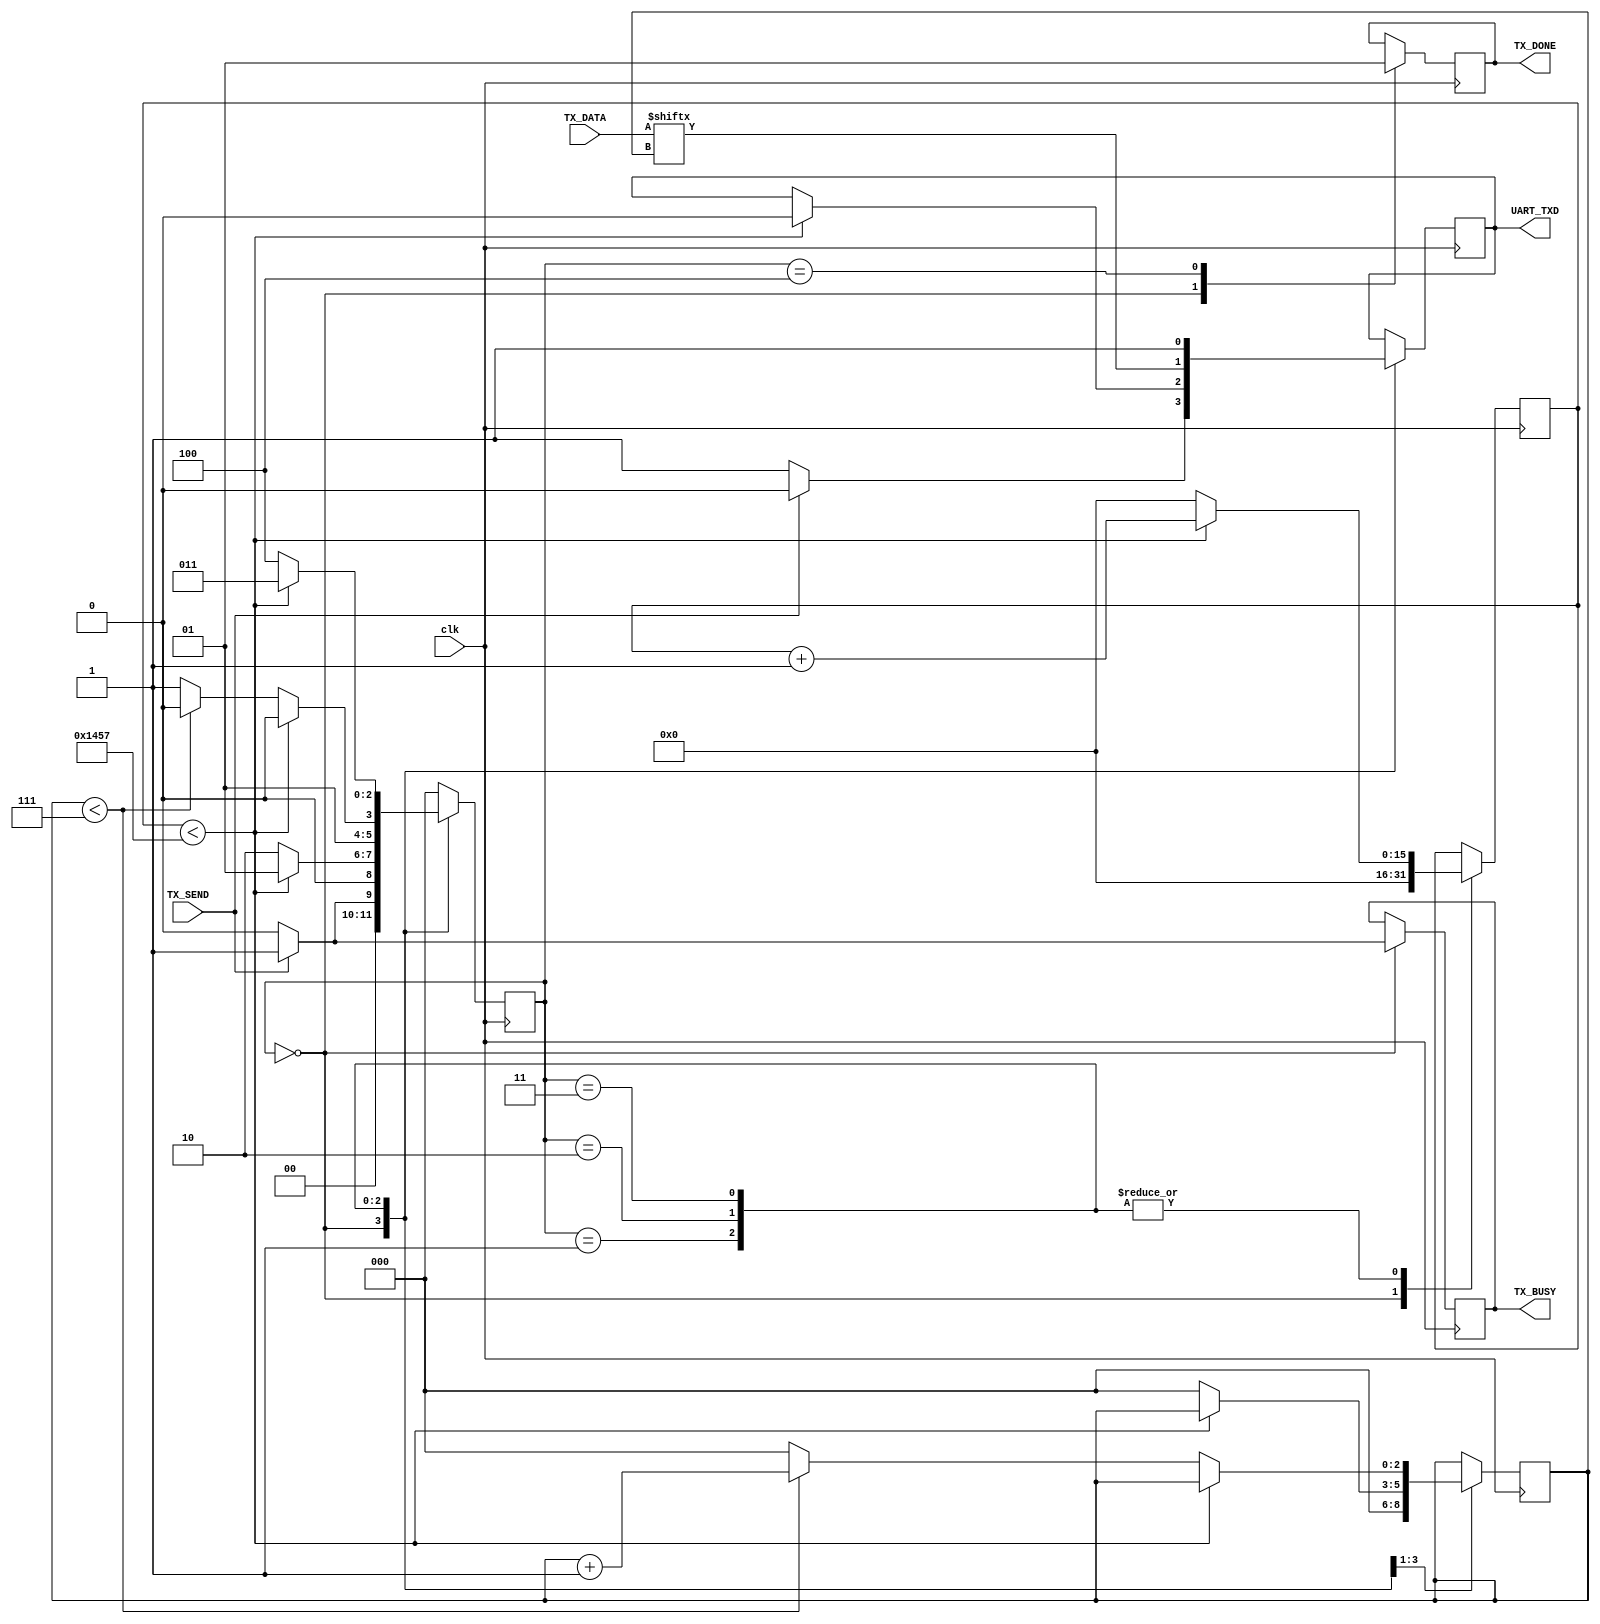
module tx_controller 

	#(
		parameter CLKS_PER_BIT = 5208
	)
	
	(
		input		[7:0]		TX_DATA,
		input					TX_SEND,
		input					clk,
		output	reg		UART_TXD,
		output	reg		TX_DONE,
		output	reg		TX_BUSY
	);
	
	parameter IDLE         = 3'b000;
	parameter START = 3'b001;
	parameter DATA = 3'b010;
	parameter STOP 		 = 3'b011;
	parameter CLEANUP      = 3'b100;
	
	
	reg [2:0] state = 0;
	reg [15:0] counter = 0;
	reg [2:0]  index = 0;
	

	
	always @(posedge clk)
	begin
		case (state)
			IDLE:
				begin
					TX_DONE <= 1'b0;
					counter <= 0;
					index <= 0;
					TX_BUSY <= 0;
					if (TX_SEND == 1'b0)
					begin
						UART_TXD <= 1'b1;
						state <= IDLE;
					end
					else
					begin
						UART_TXD <= 1'b0;
						state <= START;
						TX_BUSY <= 1'b1;
					end
				end
			START:
				begin
					if (counter < CLKS_PER_BIT - 1)
						begin
							counter <= counter + 1;
							UART_TXD <= 1'b0;
							state <= START;
						end
					else
						begin
							counter <= 0;
							state <= DATA;
							index <= 0;
						end
				end
			DATA:
				begin
					UART_TXD <= TX_DATA[index];
					if (counter < CLKS_PER_BIT - 1)
					begin
						counter <= counter + 1;
						state <= DATA;
					end
					else
					begin
						if (index < 7)
						begin
							counter <= 0;
							state <= DATA;
							index <= index + 1;
						end
						else
						begin
							counter <= 0;
							state <= STOP;
							index <= 0;
						end
					end
				end
			STOP:
				begin
					UART_TXD <= 1'b1;
					if (counter < CLKS_PER_BIT - 1)
					begin
						counter <= counter + 1;
						state <= STOP;
					end
					else
					begin
						counter <= 0;
						state <= CLEANUP;
					end
				end
			CLEANUP:
				begin
					TX_DONE <= 1'b1;
					state <= IDLE;
				end
			default:
				begin
					state <= IDLE;
				end

					
		endcase
	end	
endmodule